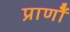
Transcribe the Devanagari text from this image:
प्राणोँ